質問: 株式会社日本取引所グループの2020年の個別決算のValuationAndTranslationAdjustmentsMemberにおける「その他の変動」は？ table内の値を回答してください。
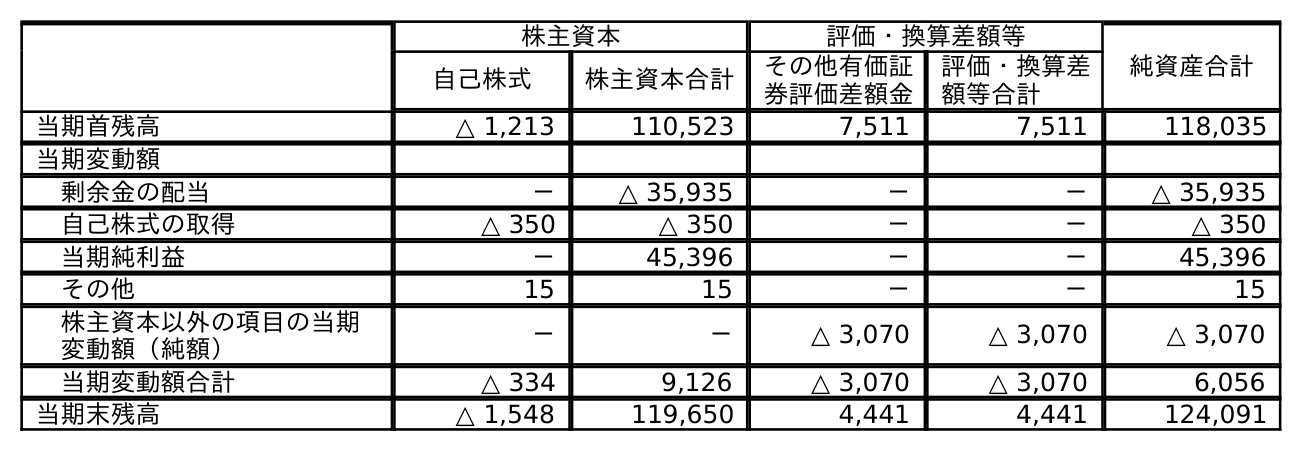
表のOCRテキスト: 株主資本 評価・換算差額等 純資産合計 自己株式 株主資本合計 その他有価証 券評価差額金 評価・換算差 額等合計 当期首残高 △ 1,213 110,523 7,511 7,511 118,035 当期変動額 剰余金の配当 － △ 35,935 － － △ 35,935 自己株式の取得 △ 350 △ 350 － － △ 350 当期純利益 － 45,396 － － 45,396 その他 15 15 － － 15 株主資本以外の項目の当期 変動額（純額） － － △ 3,070 △ 3,070 △ 3,070 当期変動額合計 △ 334 9,126 △ 3,070 △ 3,070 6,056 当期末残高 △ 1,548 119,650 4,441 4,441 124,091
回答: －